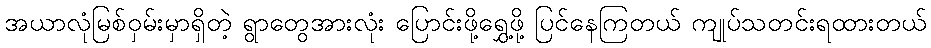
အယာလုံမြစ်ဝှမ်းမှာရှိတဲ့ ရွာတွေအားလုံး ပြောင်းဖို့ရွှေ့ဖို့ ပြင်နေကြတယ် ကျုပ်သတင်းရထားတယ်